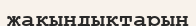
жақындықтарын